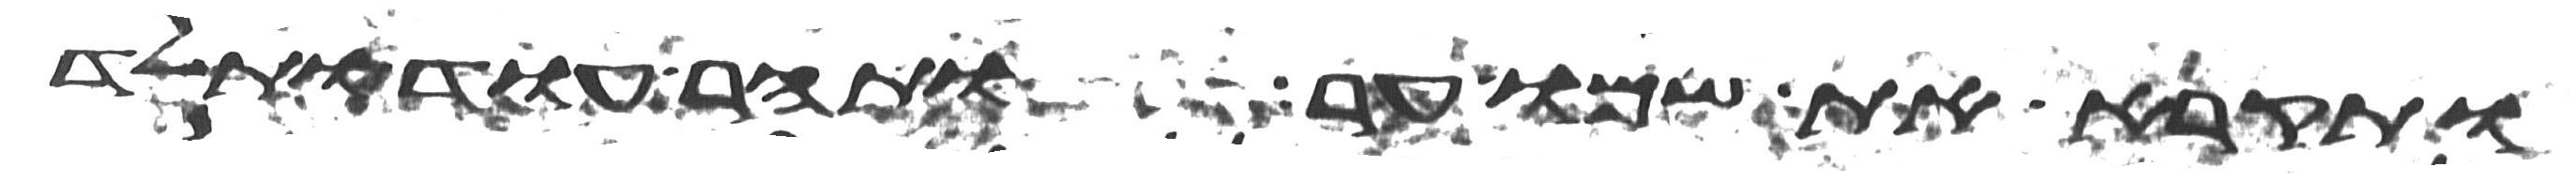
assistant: ותקרא את שמו ער ותהר עוד ותלד